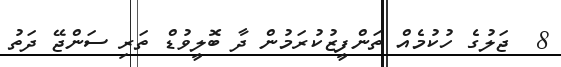
8  ޖަލުގެ ހުކުމެއް ތަންފީޒުކުރަމުން ދާ ބޮލީވުޑް ތަރި ސަންޖޭ ދަތު